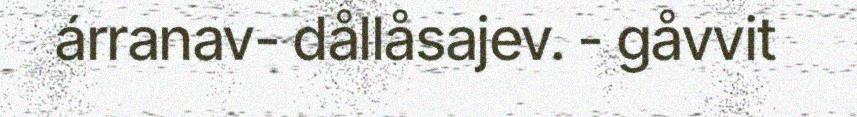
árranav- dållåsajev. - gåvvit